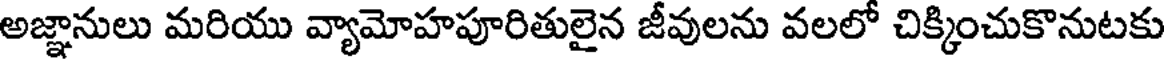
అజ్ఞానులు మరియు వ్యామోహపూరితులైన జీవులను వలలో చిక్కించుకొనుటకు